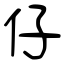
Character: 仔